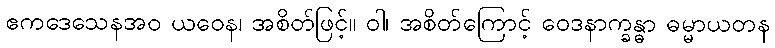
ဧကဒေသေနအဝ ယဝေန၊ အစိတ်ဖြင့်။ ဝါ၊ အစိတ်ကြောင့် ဝေဒနာက္ခန္ဓာ ဓမ္မာယတန